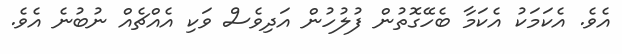
އެވެ. އެކަމަކު އެކަމާ ބެހޭގޮތުން ފުލުހުން އަދިވެސް ވަކި އެއްޗެއް ނުބުނެ އެވެ.